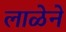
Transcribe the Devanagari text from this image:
लाळेने